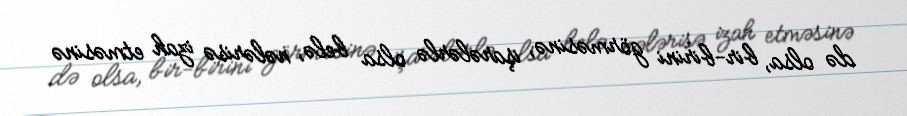
də olsa, bir-birini görməsinə, işarələrlə olsa belə, nələrisə izah etməsinə